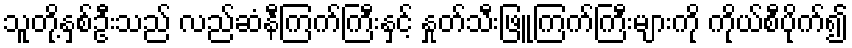
သူတို့နှစ်ဦးသည် လည်ဆံနီကြက်ကြီးနှင့် နှုတ်သီးဖြူကြက်ကြီးများကို ကိုယ်စီပိုက်၍